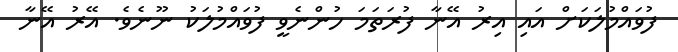
ފުވައްމުލަކަށް އައި އިރު އޭނާ ފުރަތަމަ ހުންނެވީ ފުވައްމުލަކު ނޫނެވެ. އޭރު އޭނާ